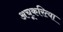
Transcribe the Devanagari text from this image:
अचूकरित्या